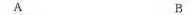
A B